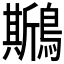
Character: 𪆁